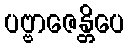
ပဗ္ဗာဇေန္တိပေ